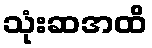
သုံးဆအထိ